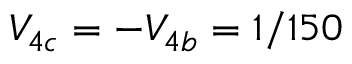
V _ { 4 c } = - V _ { 4 b } = 1 / 1 5 0